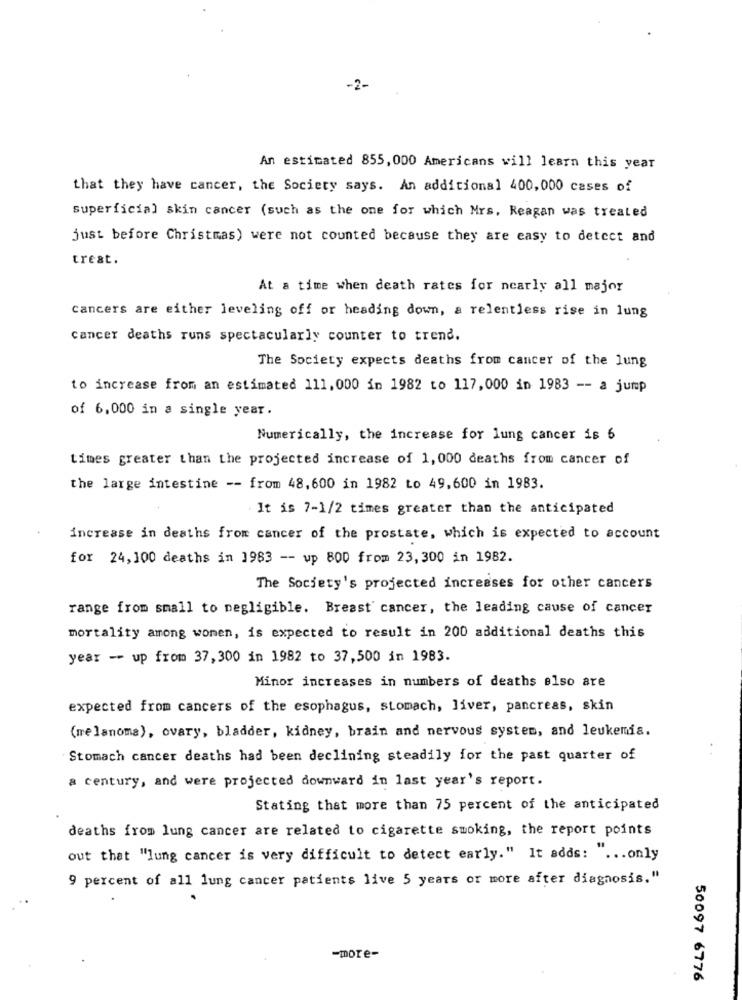
-2-
An estimated 855, 000 Americans will learn this year
that they have cancer, the Society says. An additional 400,000 cases of
superficial skin cancer (such as the one for which Mrs, Reagan was treated
just before Christmas) were not counted because they are easy to detect and
treat.
At a time when death rates for nearly all major
cancers are either leveling off or heading down, a relentless rise in lung
cancer deaths runs spectacularly counter to trend.
The Society expects deaths from cancer of the lung
to increase from an estimated 111,000 in 1982 to 117,000 in 1983 -- a jump
of 6,000 in a single year.
Numerically, the increase for lung cancer is 6
times greater than the projected increase of 1, 000 deaths from cancer of
the large intestine -- from 48,600 in 1982 to 49,600 in 1983.
It is 7-1/2 times greater than the anticipated
increase in deaths from cancer of the prostate, which is expected to account
for 24,100 deaths in 1983 -- up 800 from 23, 300 in 1982.
The Society's projected increases for other cancers
range from small to negligible. Breast cancer, the leading cause of cancer
mortality among women, is expected to result in 200 additional deaths this
year -- up from 37, 300 in 1982 to 37,500 in 1983.
Minor increases in numbers of deaths also are
expected from cancers of the esophagus, stomach, liver, pancreas, skin
(melanoma), ovary, bladder, kidney, brain and nervous system, and leukemia.
Stomach cancer deaths had been declining steadily for the past quarter of
a century, and were projected downward in last year's report.
Stating that more than 75 percent of the anticipated
deaths from lung cancer are related to cigarette smoking, the report points
out that "lung cancer is very difficult to detect early." It adds: ... only
9 percent of all lung cancer patients live 5 years or more after diagnosis."
-more-
50097 6776